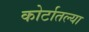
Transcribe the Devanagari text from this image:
कोर्टातल्या